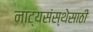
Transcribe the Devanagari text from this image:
नाट्यसंस्थेसाठी